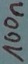
Text: 100n